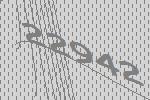
22942